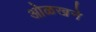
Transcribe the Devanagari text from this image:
ओळखने